Annual administration report of the Civil Veterinary Department of India - 1897-1898
Year: 1897
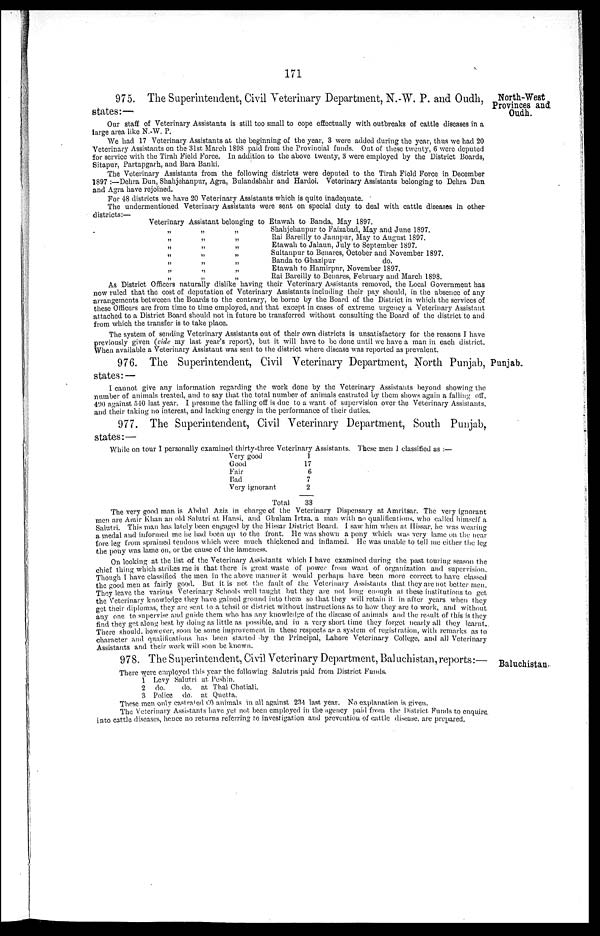
171
North-West
Provinces and
Oudh.
975. The Superintendent, Civil Veterinary Department, N.-W. P. and Oudh,
states:—
Our staff of Veterinary Assistants is still too small to. cope effectually with outbreaks of cattle diseases in a
large area like N.-W. P.
We had 17 Veterinary Assistants at the beginning of the year, 3 were added during the year, thus we had 20
Veterinary Assistants on the 31st March 1898 paid from the Provincial funds. Out of these twenty, 6 were deputed
for service with the Tirah Field Force. In addition to the above twenty, 3 were employed by the District Boards,
Sitapur, Partapgarh, and Bara Banki.
The Veterinary Assistants from the following districts were deputed to the Tirah Field Force in December
1897:—Dehra Dun, Shahjehanpur, Agra, Bulandshahr and Hardoi. Veterinary Assistants belonging to Dehra Dun
and Agra have rejoined.
For 48 districts we have 20 Veterinary Assistants which is quite inadequate.
The undermentioned Veterinary Assistants were sent on special duty to deal with cattle diseases in other
districts:—
Veterinary Assistant belonging to Etawah to Banda, May 1897.
„
„
„
„
„
„
„
„
„
„
„
„
„
„
„
„
„
„
„
„
Shahjehanpur to Faizabad, May and June 1897.
Rai Bareilly to Jaunpur, May to August 1897.
Etawah to Jalaun, July to September 1897.
Sultanpur to Benares, October and November 1897.
Banda to Ghazipur
do.
Etawah to Hamirpur, November 1897.
Rai Bareilly to Benares, February and March 1898.
As District Officers naturally dislike having their Veterinary Assistants removed, the Local Government has
now ruled that the cost of deputation of Veterinary Assistants including their pay should, in the absence of any
arrangements betweeen the Boards to the contrary, be borne by the Board of the District in which the services of
these Officers are from time to time employed, and that except in cases of extreme urgency a Veterinary Assistant
attached to a District Board should not in future be transferred without consulting the Board of the district to and
from which the transfer is to take place.
The system of sending Veterinary Assistants out of their own districts is unsatisfactory for the reasons I have
previously given (vide my last year's report), but it will have to be done until we have a man in each district.
When available a Veterinary Assistant was sent to the district where disease was reported as prevalent.
Punjab.
976. The Superintendent, Civil Veterinary Department, North Punjab,
states:—
I cannot give any information regarding the work done by the Veterinary Assistants beyond showing the
number of animals treated, and to say that the total number of animals castrated by them shows again a falling off,
490 against 540 last year. I presume the falling off is due to a want of supervision over the Veterinary Assistants,
and their taking no interest, and lacking energy in the performance of their duties.
977. The Superintendent, Civil Veterinary Department, South Punjab,
states:—
While on tour I personally examined thirty-three Veterinary Assistants. These men I classified as:—
Very good
Good
Fair
Bad
Very ignorant
Total
1
17
6
7
2
33
The very good man is Abdul Aziz in charge of the Veterinary Dispensary at Amritsar. The very ignorant
men are Amir Khan an old Salutri at Hansi, and Ghulam Irtza, a man with no qualifications, who called himself a
Salutri. This man has lately been engaged by the Hissar District Board. I saw him when at Hissar, he was wearing
a medal and informed me he had been up to the front. He was shown a pony which was very lame on the near
fore leg from sprained tendons which were much thickened and inflamed. He was unable to tell me either the leg
the pony was lame on, or the cause of the lameness.
On looking at the list of the Veterinary Assistants which I have examined during the past touring season the
chief thing which strikes me is that there is great waste of power from want of organization and supervision.
Though I have classified the men in the above manner it would perhaps have been more correct to have classed
the good men as fairly good. But it is not the fault of the Veterinary Assistants that they are not better men.
They leave the various Veterinary Schools well taught but they are not long enough at these institutions to get
the Veterinary knowledge they have gained ground into them so that they will retain it in after years when they
get their diplomas, they are sent to a tehsil or district without instructions as to how they are to work, and without
any one to supervise and guide them who has any knowledge of the disease of animals and the result of this is they
find they get along best by doing as little as possible, and in a very short time they forget nearly all they learnt.
There should, however, soon be some improvement in these respects as a system of registration, with remarks as to
character and qualifications has been started by the Principal, Lahore Veterinary College, and all Veterinary
Assistants and their work will soon be known.
Baluchistan.
978. The Superintendent, Civil Veterinary Department, Baluchistan, reports:
There were employed this year the following Salutris paid from District Funds.
1
2
3
Levy
do.
Police
Salutri
do.
do.
at Peshin.
at Thal Chotiali.
at Quetta.
These men only castrated 60 animals in all against 234 last year. No explanation is given.
The Veterinary Assistants have yet not been employed in the agency paid from the District Funds to enquire
into cattle diseases, hence no returns referring to investigation and prevention of cattle disease, are prepared.